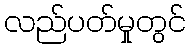
လည်ပတ်မှုတွင်